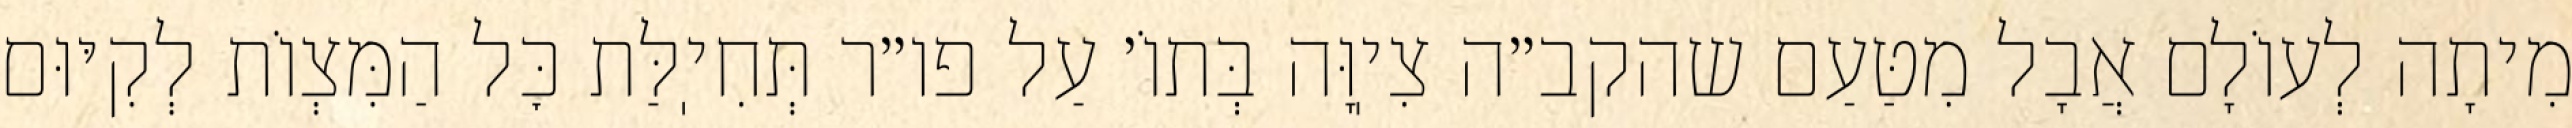
מִיתָה לְעוֹלָם אֲבָל מִטַּעַם שהקב״ה צִיֽוָּה בְּתוֹ׳ עַל פו״ר תְּחִיֽלַּת כׇּל הַמִּצְוֹת לְקִיּוּם